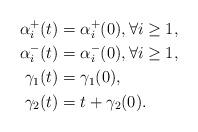
LaTeX: \begin{align*}\alpha_i^+(t)&=\alpha_i^+(0), \forall i \ge 1,\\ \alpha_i^-(t)&=\alpha_i^-(0), \forall i \ge 1,\\ \gamma_1(t)&=\gamma_1(0),\\ \gamma_2(t)&=t+\gamma_2(0).\end{align*}